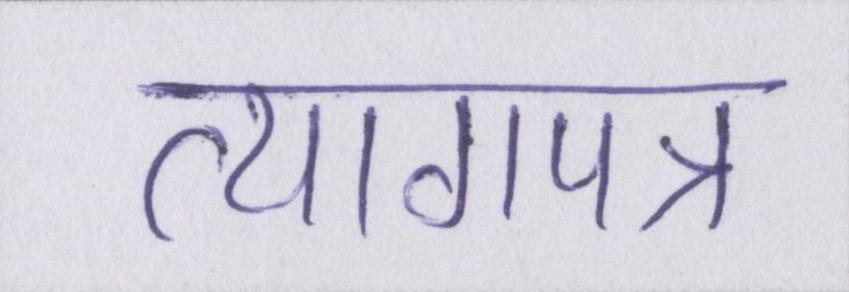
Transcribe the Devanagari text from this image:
त्यागपत्र